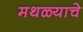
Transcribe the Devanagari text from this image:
मथळ्याचे